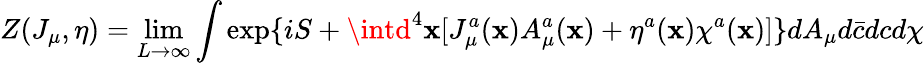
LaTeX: Z(J_{\mu},\eta)=\operatorname*{lim}_{L\rightarrow\infty}\int\exp\{ iS+\intd^{4}\mathbf{x}[J_{\mu}^{a}(\mathbf{x})A_{\mu}^{a}(\mathbf{x})+\eta^{a}(\mathbf{x})\chi^{a}(\mathbf{x})]\} dA_{\mu}d\bar{{c}}dcd\chi